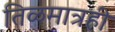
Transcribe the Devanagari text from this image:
तिळमात्रही